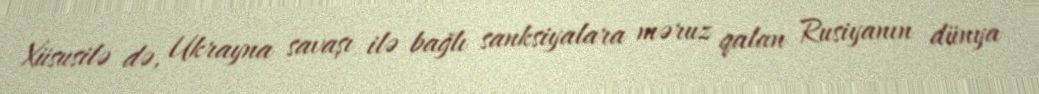
Xüsusilə də, Ukrayna savaşı ilə bağlı sanksiyalara məruz qalan Rusiyanın dünya